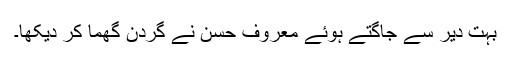
بہت دیر سے جاگتے ہوئے معروف حسن نے گردن گھما کر دیکھا۔